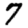
Digit: 7